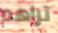
تراهم